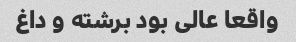
واقعا عالی بود برشته و داغ